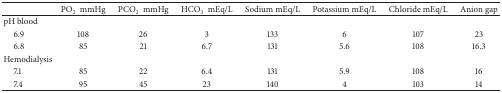
|  | PO2mmHg | PCO2 mmHg | HCO3 mEq/L | Sodium mEq/L | Potassium mEq/L | Chloride mEq/L | Anion gap |
 | --- | --- | --- | --- | --- | --- | --- | --- |
 | pH blood |  |  |  |  |  |  |  |
 | 6.9 | 108 | 26 | 3 | 133 | 6 | 107 | 23 |
 | 6.8 | 85 | 21 | 6.7 | 131 | 5.6 | 108 | 16.3 |
 | Hemodialysis |  |  |  |  |  |  |  |
 | 7.1 | 85 | 22 | 6.4 | 131 | 5.9 | 108 | 16 |
 | 7.4 | 95 | 45 | 23 | 140 | 4 | 103 | 14 |